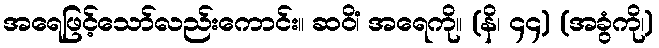
အရေဖြင့်သော်လည်းကောင်း။ ဆဝိံ၊ အရေကို။ (နိ၊ ၄၄) (အခွံကို၊)